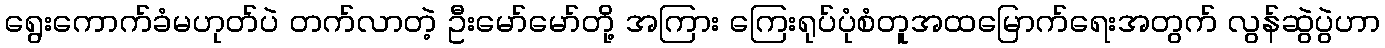
ရွေးကောက်ခံမဟုတ်ပဲ တက်လာတဲ့ ဦးမော်မော်တို့ အကြား ကြေးရုပ်ပုံစံတူအထမြောက်ရေးအတွက် လွန်ဆွဲပွဲဟာ